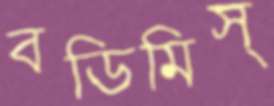
বডিমিস্